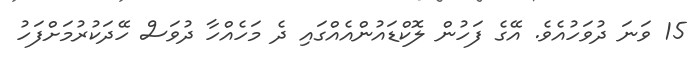
15 ވަނަ ދުވަހުއެވެ. އޭގެ ފަހުން ލޮކްޑައުންއެއްގައި ދެ މަހެއްހާ ދުވަސް ހޭދަކުރުމަށްފަހު